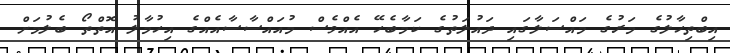
އިބްތިހާލުގެ މަރުގެ މައްސަލާގައި ދައުލަތުގެ ކަމާބެހޭ އެއްވެސް މުއައްސާސާއެއްގެ އިހުމާލު އޮތްތޯ ބެލުމަށް